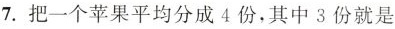
( )7.把一个苹果平均分成4份，其中3份就是